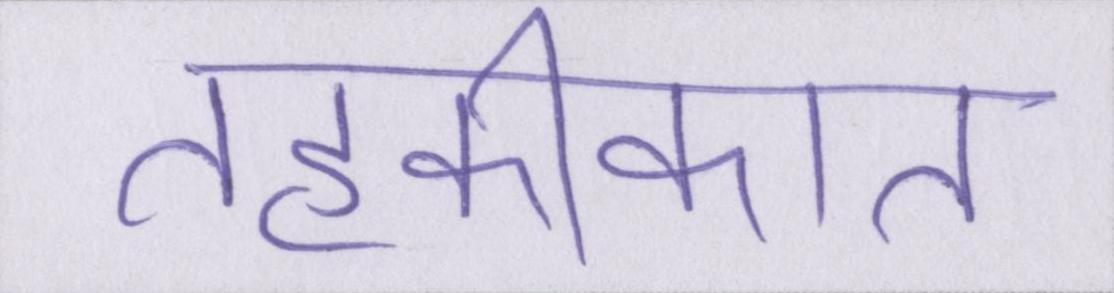
तहकीकात